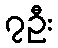
၇ဦး